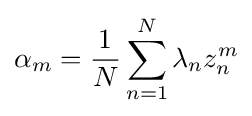
\alpha _{m}={1 \over N}\sum _{n=1}^{N}\lambda _{n}z_{n}^{m}